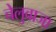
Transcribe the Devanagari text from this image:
चेलुवाजा